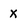
Character: x